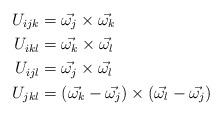
LaTeX: \begin{align*} U_{ijk} &= \vec{\omega_{j}} \times \vec{\omega_{k}} \\ U_{ikl} &= \vec{\omega_{k}} \times \vec{\omega_{l}} \\ U_{ijl} &= \vec{\omega_{j}} \times \vec{\omega_{l}} \\ U_{jkl} &= (\vec{\omega_{k}} - \vec{\omega_{j}}) \times (\vec{\omega_{l}} - \vec{\omega_{j}})\end{align*}